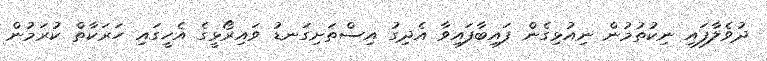
ދުވެލާފައި ނިކުތުމުން ނިއުޅިގެން ފައިބާފައިވާ އެދިގު އިސްތަށިގަނޑު ވައިރޯޅީގެ އެހީގައި ހަރަކާތް ކުރަމުން